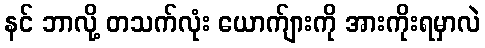
နင် ဘာလို့ တသက်လုံး ယောက်ျားကို အားကိုးရမှာလဲ